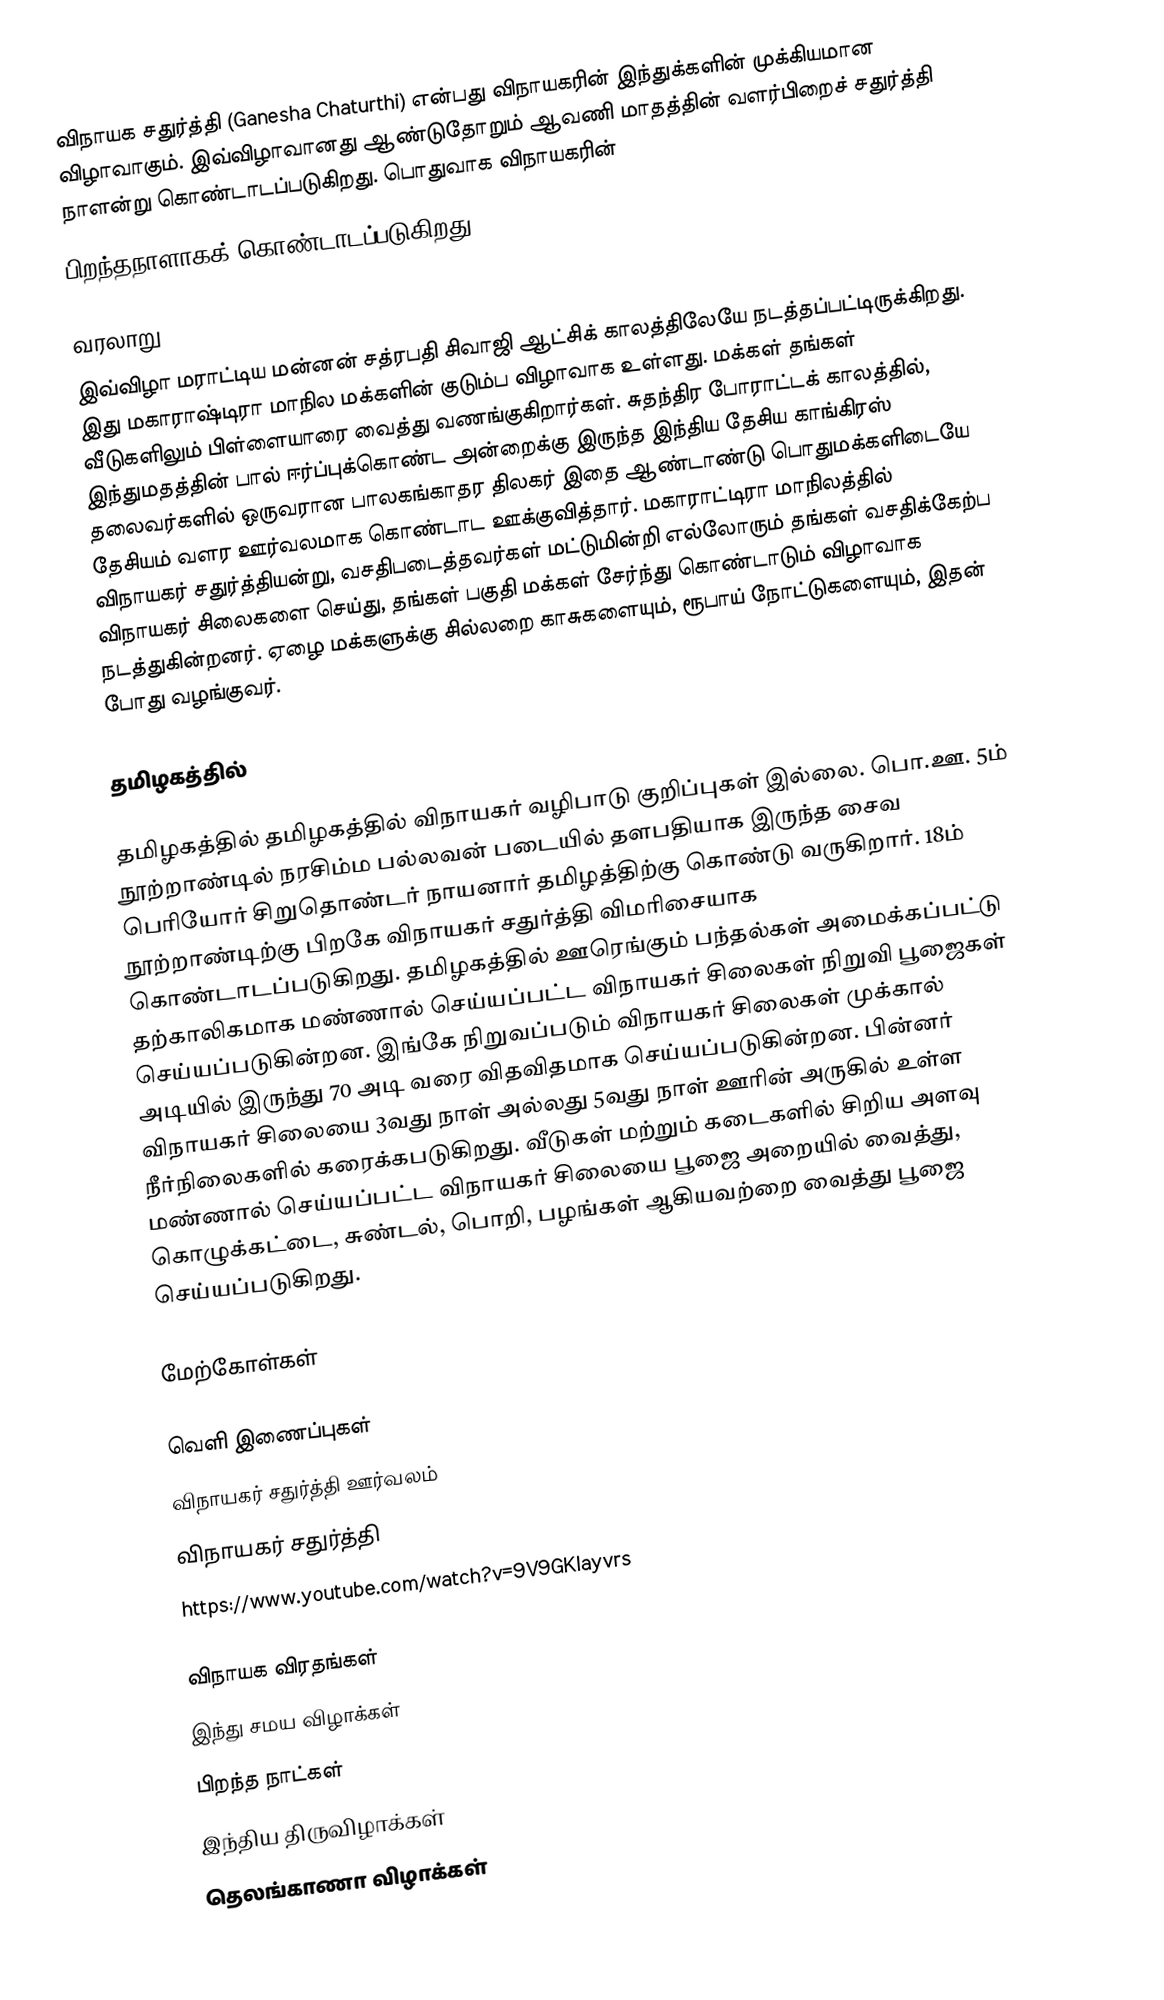
விநாயக சதுர்த்தி (Ganesha Chaturthi) என்பது விநாயகரின் இந்துக்களின் முக்கியமான விழாவாகும். இவ்விழாவானது ஆண்டுதோறும் ஆவணி மாதத்தின் வளர்பிறைச் சதுர்த்தி நாளன்று கொண்டாடப்படுகிறது. பொதுவாக விநாயகரின்
பிறந்தநாளாகக்  கொண்டாடப்படுகிறது.

வரலாறு
இவ்விழா மராட்டிய மன்னன் சத்ரபதி சிவாஜி ஆட்சிக் காலத்திலேயே நடத்தப்பட்டிருக்கிறது.  இது மகாராஷ்டிரா மாநில மக்களின் குடும்ப விழாவாக உள்ளது. மக்கள் தங்கள் வீடுகளிலும் பிள்ளையாரை வைத்து வணங்குகிறார்கள். சுதந்திர போராட்டக் காலத்தில், இந்துமதத்தின் பால் ஈர்ப்புக்கொண்ட அன்றைக்கு இருந்த இந்திய தேசிய காங்கிரஸ் தலைவர்களில் ஒருவரான பாலகங்காதர திலகர் இதை ஆண்டாண்டு பொதுமக்களிடையே தேசியம் வளர ஊர்வலமாக கொண்டாட ஊக்குவித்தார். மகாராட்டிரா மாநிலத்தில் விநாயகர் சதுர்த்தியன்று, வசதிபடைத்தவர்கள் மட்டுமின்றி எல்லோரும் தங்கள் வசதிக்கேற்ப விநாயகர் சிலைகளை செய்து, தங்கள் பகுதி மக்கள் சேர்ந்து கொண்டாடும் விழாவாக நடத்துகின்றனர். ஏழை மக்களுக்கு சில்லறை காசுகளையும், ரூபாய் நோட்டுகளையும், இதன் போது வழங்குவர்.

தமிழகத்தில்

தமிழகத்தில் தமிழகத்தில் விநாயகர் வழிபாடு குறிப்புகள் இல்லை. பொ.ஊ. 5ம் நூற்றாண்டில் நரசிம்ம பல்லவன் படையில் தளபதியாக இருந்த சைவ பெரியோர் சிறுதொண்டர் நாயனார் தமிழத்திற்கு கொண்டு வருகிறார். 18ம் நூற்றாண்டிற்கு பிறகே விநாயகர் சதுர்த்தி விமரிசையாக கொண்டாடப்படுகிறது. தமிழகத்தில் ஊரெங்கும் பந்தல்கள் அமைக்கப்பட்டு தற்காலிகமாக மண்ணால் செய்யப்பட்ட விநாயகர் சிலைகள் நிறுவி பூஜைகள் செய்யப்படுகின்றன. இங்கே நிறுவப்படும் விநாயகர் சிலைகள் முக்கால் அடியில் இருந்து 70 அடி வரை விதவிதமாக செய்யப்படுகின்றன. பின்னர் விநாயகர் சிலையை 3வது நாள் அல்லது 5வது நாள் ஊரின் அருகில் உள்ள நீர்நிலைகளில் கரைக்கபடுகிறது. வீடுகள் மற்றும் கடைகளில் சிறிய அளவு மண்ணால் செய்யப்பட்ட விநாயகர் சிலையை பூஜை அறையில் வைத்து, கொழுக்கட்டை, சுண்டல், பொறி, பழங்கள் ஆகியவற்றை வைத்து பூஜை செய்யப்படுகிறது.

மேற்கோள்கள்

வெளி இணைப்புகள்
 விநாயகர் சதுர்த்தி ஊர்வலம்
 விநாயகர் சதுர்த்தி
 https://www.youtube.com/watch?v=9V9GKIayvrs

விநாயக விரதங்கள்
இந்து சமய விழாக்கள்
பிறந்த நாட்கள்
இந்திய திருவிழாக்கள்
தெலங்காணா விழாக்கள்